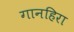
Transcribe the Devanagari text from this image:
गानहिरा